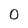
Character: 0